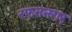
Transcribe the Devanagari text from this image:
रफतनगर